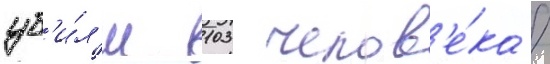
уб'и́л'и 103 челов'е́ка /